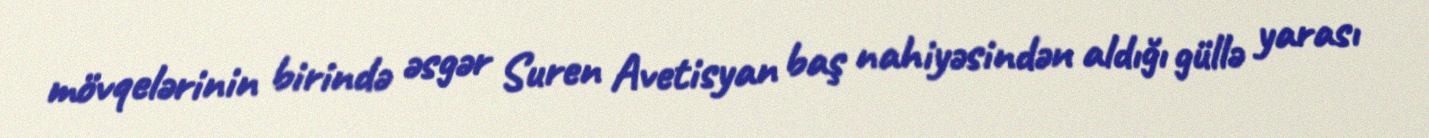
mövqelərinin birində əsgər Suren Avetisyan baş nahiyəsindən aldığı güllə yarası